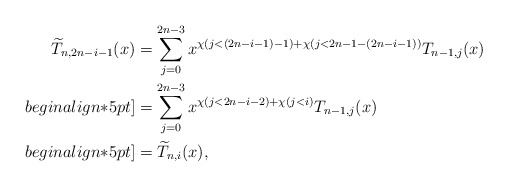
\begin{align*}\widetilde{T}_{n,2n-i-1}(x) & = \sum_{j=0}^{2n-3} x^{\chi\left(j<(2n-i-1)-1\right)+\chi\left(j<2n-1-(2n-i-1)\right)}T_{n-1,j}(x)\\begin{align*}5pt]& = \sum_{j=0}^{2n-3} x^{\chi\left(j<2n-i-2\right)+\chi\left(j<i\right)}T_{n-1,j}(x)\\begin{align*}5pt]&= \widetilde{T}_{n,i}(x),\end{align*}